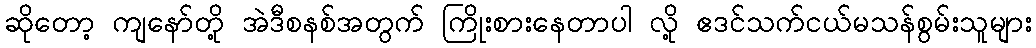
ဆိုတော့ ကျနော်တို့ အဲဒီစနစ်အတွက် ကြိုးစားနေတာပါ လို့ ဧဒင်သက်ငယ်မသန်စွမ်းသူများ